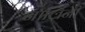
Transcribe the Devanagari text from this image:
नालिनी